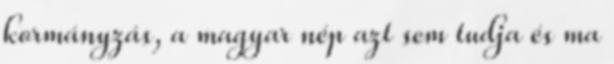
kormányzás, a magyar nép azt sem tudja és ma